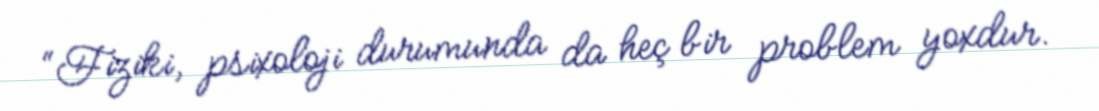
“Fiziki, psixoloji durumunda da heç bir problem yoxdur.